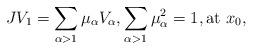
LaTeX: \begin{align*} JV_1=\sum_{\alpha>1} \mu_\alpha V_\alpha,\sum_{\alpha>1}\mu_\alpha^2=1, \textrm{at } x_0,\end{align*}